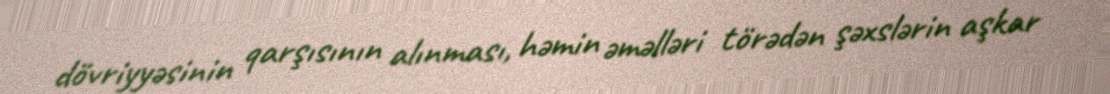
dövriyyəsinin qarşısının alınması, həmin əməlləri törədən şəxslərin aşkar